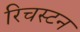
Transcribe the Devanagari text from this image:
रिचस्टन